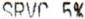
SRVC 5%